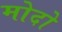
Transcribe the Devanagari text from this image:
मोदो